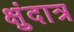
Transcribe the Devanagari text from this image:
क्षुंदात्र